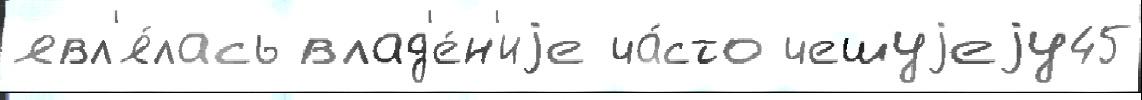
явл'я́лась влад'е́н'иjе ча́сто чешуjеjу45